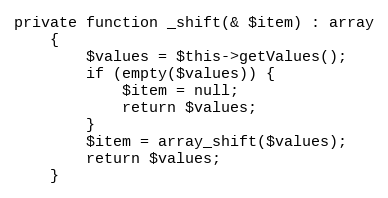
Language: PHP
private function _shift(& $item) : array
    {
        $values = $this->getValues();
        if (empty($values)) {
            $item = null;
            return $values;
        }
        $item = array_shift($values);
        return $values;
    }